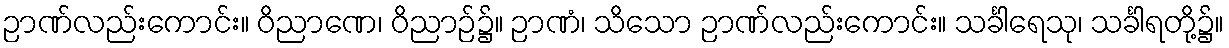
ဉာဏ်လည်းကောင်း။ ဝိညာဏေ၊ ဝိညာဉ်၌။ ဉာဏံ၊ သိသော ဉာဏ်လည်းကောင်း။ သင်္ခါရေသု၊ သင်္ခါရတို့၌။